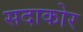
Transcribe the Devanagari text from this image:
सदाकोर